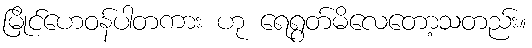
မြိုင်ဟေဝန်ပါတကား ဟု ရေရွတ်မိလေတော့သတည်း။